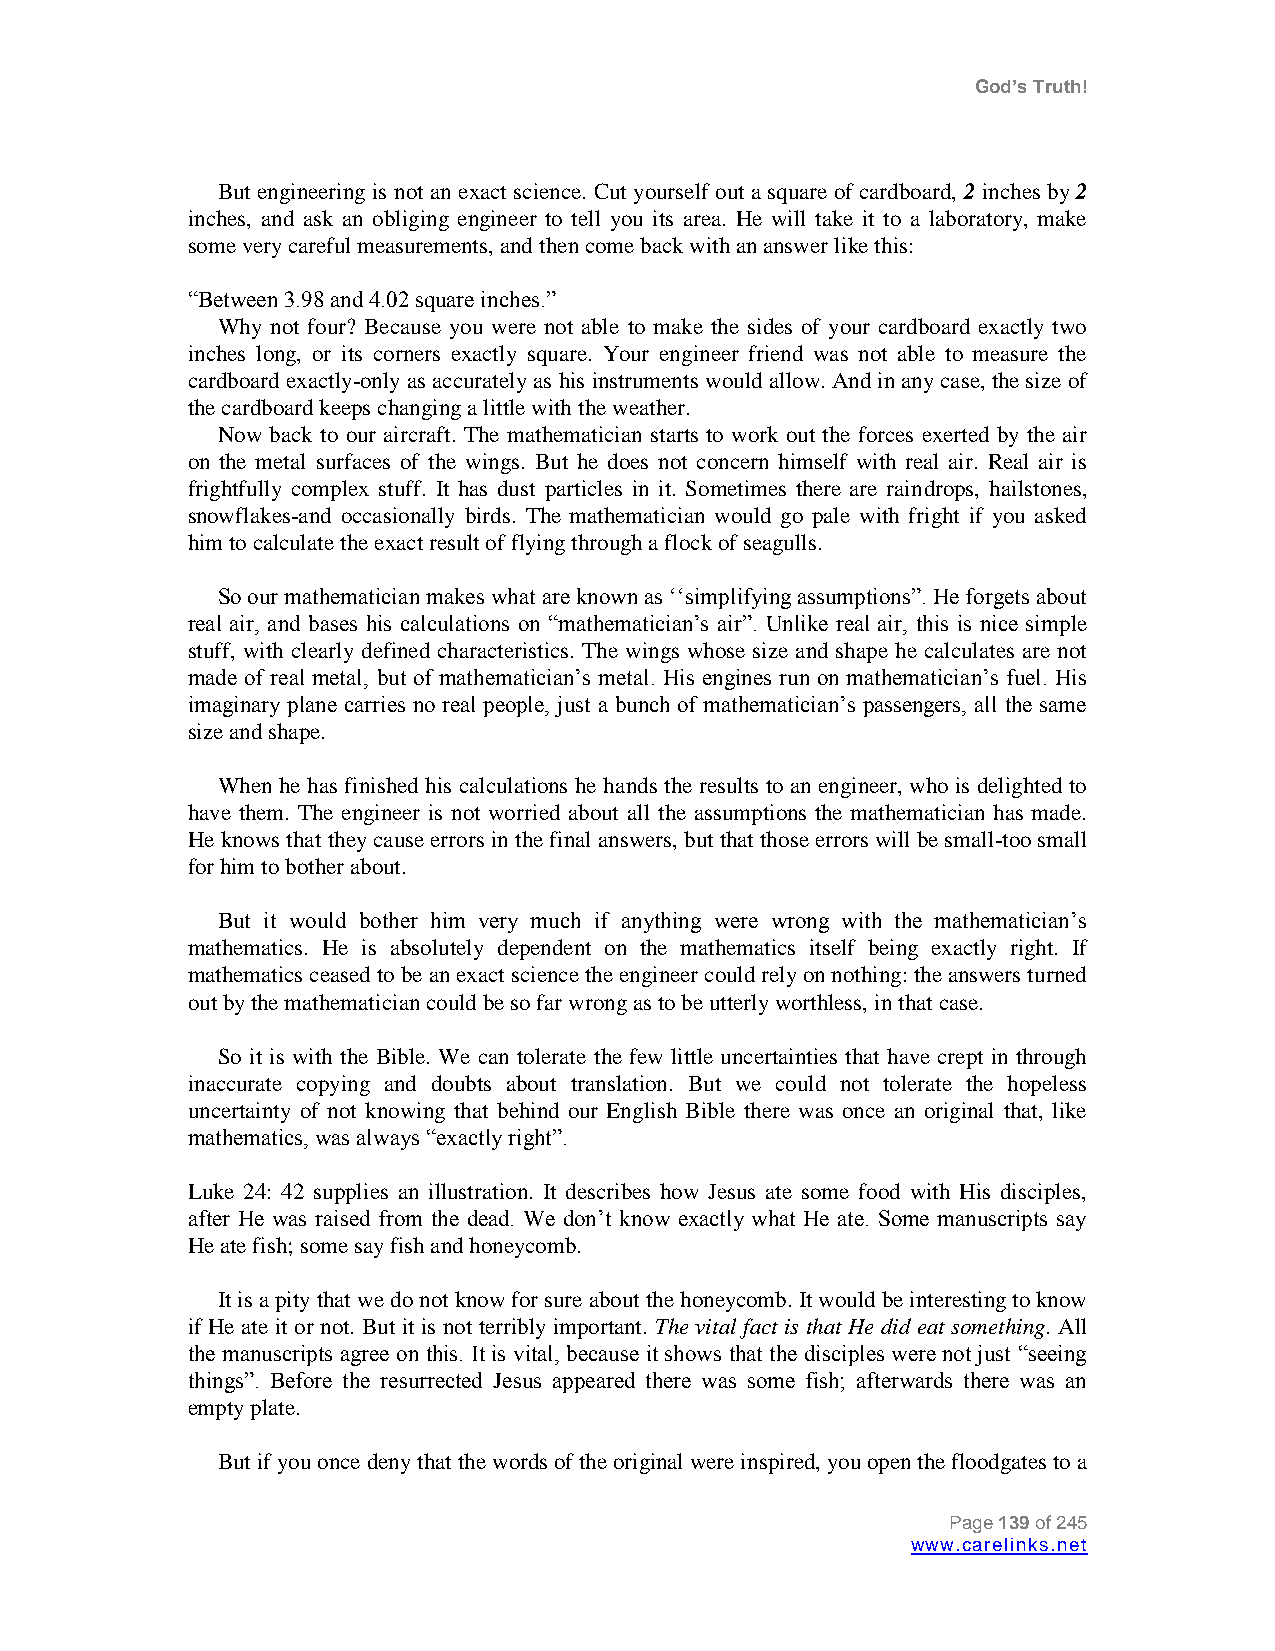
God’s Truth!
 But engineering is not an exact science. Cut yourself out a square of cardboard, 2 inches by 2
 inches, and ask an obliging engineer to tell you its area. He will take it to a laboratory, make
 some very careful measurements, and then come back with an answer like this:
 “Between 3.98 and 4.02 square inches.”
 Why not four? Because you were not able to make the sides of your cardboard exactly two
 inches long, or its corners exactly square. Your engineer friend was not able to measure the
 cardboard exactly-only as accurately as his instruments would allow. And in any case, the size of
 the cardboard keeps changing a little with the weather.
 Now back to our aircraft. The mathematician starts to work out the forces exerted by the air
 on the metal surfaces of the wings. But he does not concern himself with real air. Real air is
 frightfully complex stuff. It has dust particles in it. Sometimes there are raindrops, hailstones,
 snowflakes-and occasionally birds. The mathematician would go pale with fright if you asked
 him to calculate the exact result of flying through a flock of seagulls.
 So our mathematician makes what are known as „„simplifying assumptions”. He forgets about
 real air, and bases his calculations on “mathematician‟s air”. Unlike real air, this is nice simple
 stuff, with clearly defined characteristics. The wings whose size and shape he calculates are not
 made of real metal, but of mathematician‟s metal. His engines run on mathematician‟s fuel. His
 imaginary plane carries no real people, just a bunch of mathematician‟s passengers, all the same
 size and shape.
 When he has finished his calculations he hands the results to an engineer, who is delighted to
 have them. The engineer is not worried about all the assumptions the mathematician has made.
 He knows that they cause errors in the final answers, but that those errors will be small-too small
 for him to bother about.
 But it would bother him very much if anything were wrong with the mathematician‟s
 mathematics. He is absolutely dependent on the mathematics itself being exactly right. If
 mathematics ceased to be an exact science the engineer could rely on nothing: the answers turned
 out by the mathematician could be so far wrong as to be utterly worthless, in that case.
 So it is with the Bible. We can tolerate the few little uncertainties that have crept in through
 inaccurate copying and doubts about translation. But we could not tolerate the hopeless
 uncertainty of not knowing that behind our English Bible there was once an original that, like
 mathematics, was always “exactly right”.
 Luke 24: 42 supplies an illustration. It describes how Jesus ate some food with His disciples,
 after He was raised from the dead. We don‟t know exactly what He ate. Some manuscripts say
 He ate fish; some say fish and honeycomb.
 It is a pity that we do not know for sure about the honeycomb. It would be interesting to know
 if He ate it or not. But it is not terribly important. The vital fact is that He did eat something. All
 the manuscripts agree on this. It is vital, because it shows that the disciples were not just “seeing
 things”. Before the resurrected Jesus appeared there was some fish; afterwards there was an
 empty plate.
 But if you once deny that the words of the original were inspired, you open the floodgates to a
 Page 139 of 245
 www.carelinks.net